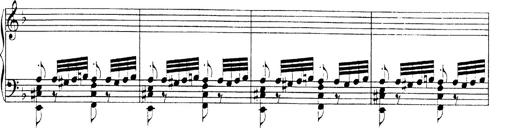
Title: Hungarian Rhapsody No.19
Composer: Franz Liszt
Key: D minor